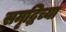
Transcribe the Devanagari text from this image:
समृद्धिच्या